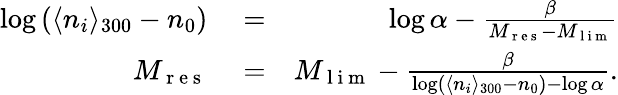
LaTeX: \begin{array}{rlr}{\log\left(\langle n_{i}\rangle_{300}-n_{0}\right)}&{{}=}&{\log\alpha-\frac{\beta}{M_{\mathrm{~r~e~s~}}-M_{\mathrm{~l~i~m~}}}}\\ {M_{\mathrm{~r~e~s~}}}&{{}=}&{M_{\mathrm{~l~i~m~}}-\frac{\beta}{\log\left(\langle n_{i}\rangle_{300}-n_{0}\right)-\log\alpha}.}\end{array}